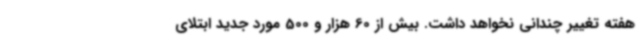
هفته تغییر چندانی نخواهد داشت. بیش از 60 هزار و 500 مورد جدید ابتلای